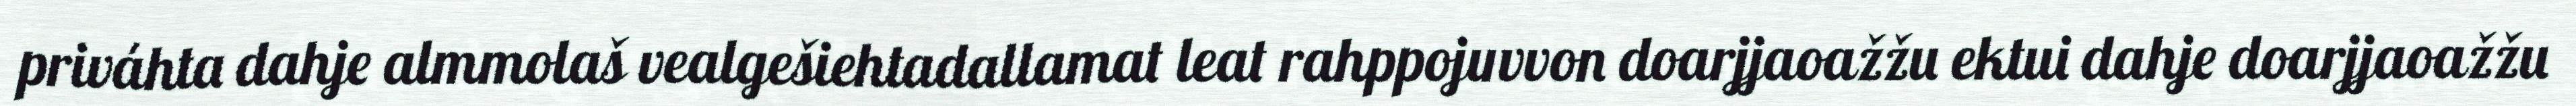
priváhta dahje almmolaš vealgešiehtadallamat leat rahppojuvvon doarjjaoažžu ektui dahje doarjjaoažžu